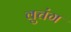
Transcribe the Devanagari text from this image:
वुचंग